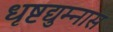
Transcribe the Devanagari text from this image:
धृष्टद्युम्नास